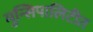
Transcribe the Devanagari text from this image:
मुन्सिपालिटीत